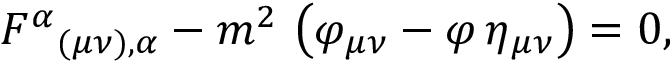
F ^ { \alpha } { } _ { ( \mu \nu ) , \alpha } - m ^ { 2 } \, \left( \varphi _ { \mu \nu } - \varphi \, \eta _ { \mu \nu } \right) = 0 ,